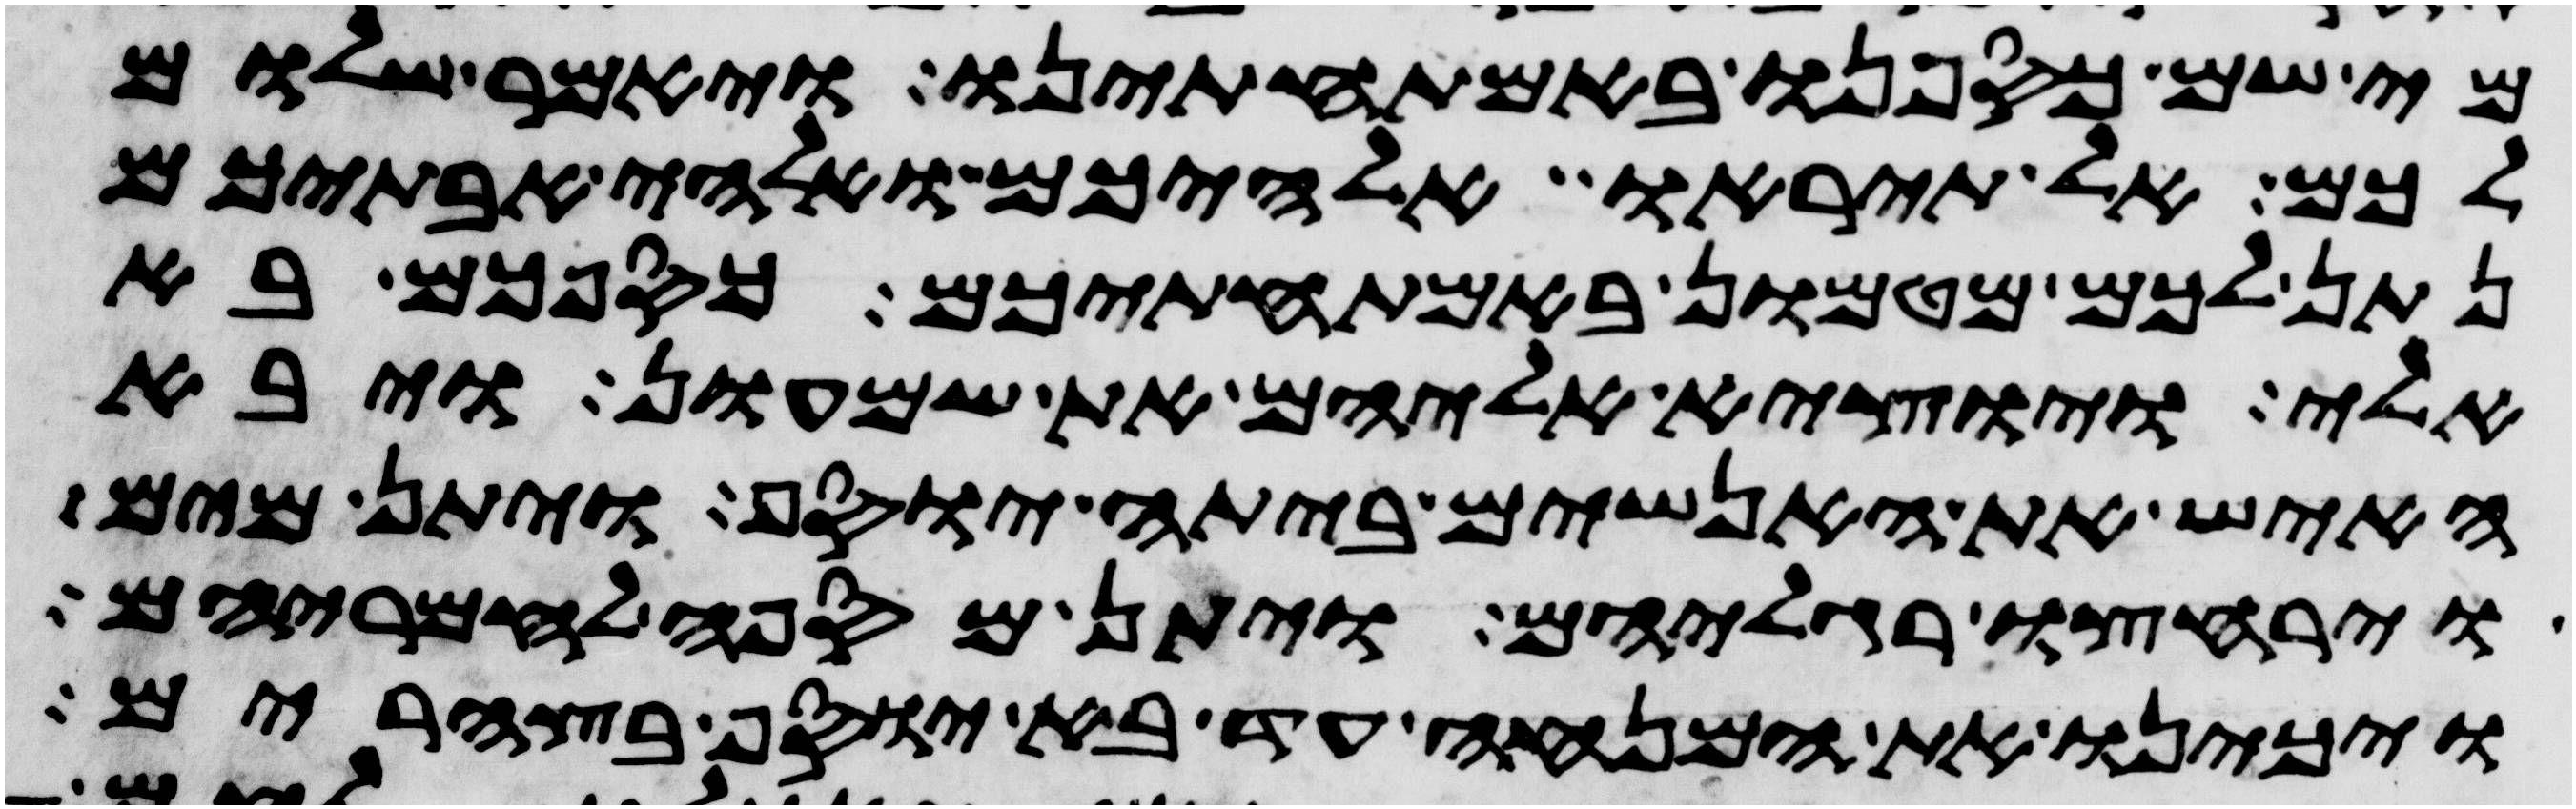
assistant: מי שם כספנו באמתחתינו ויאמר שלום
לכם אל תיראו אלהיכם ואלהי אבתיכם
נתן לכם מטמון באמתחתיכם כספכם בא
אלי ויוצא אליהם את שמעון ויבא
האיש את האנשים ביתה יוסף ויתן מים
וירחצו רגליהם ויתן מספה לחמריהם
ויכינו את המנחה עד בא יוסף בצהרים